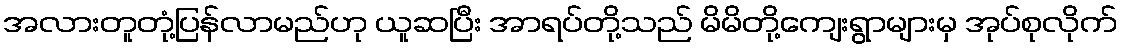
အလားတူတုံ့ပြန်လာမည်ဟု ယူဆပြီး အာရပ်တို့သည် မိမိတို့ကျေးရွာများမှ အုပ်စုလိုက်